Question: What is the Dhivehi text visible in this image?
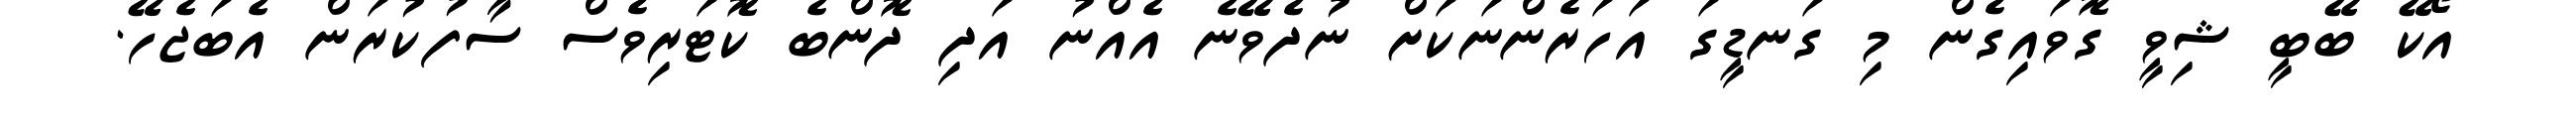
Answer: އޯކޭ ބޭބީ ޝިވީ ގޮވައިގެން މި ގަނޑީގަ އަހަރެންނަކަށް ނުދެވޭނެ އެއްނު އަދި ދޮންބެ ކޮޓަރިވެސް ސާފުކުރަން އެބަޖެހޭ.